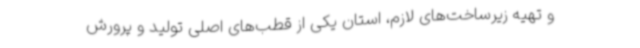
و تهیه زیرساخت‌های لازم، استان یکی از قطب‌های اصلی تولید و پرورش